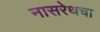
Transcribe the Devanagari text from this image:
नासरेथचा